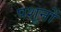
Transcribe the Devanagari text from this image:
पशूनों